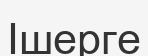
Ішерге